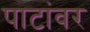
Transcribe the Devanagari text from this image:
पाटांवर